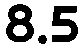
8.5